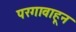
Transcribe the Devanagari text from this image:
परगावाहून